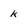
Character: k